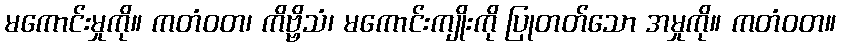
မကောင်းမှုကို။ ကတံဝတ၊ ကိဗ္ဗိသံ၊ မကောင်းကျိုးကို ပြုတတ်သော အမှုကို။ ကတံဝတ။